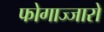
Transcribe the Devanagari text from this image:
फोगाज्जारो